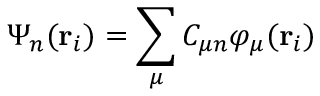
\Psi _ { n } ( \mathbf { r } _ { i } ) = \sum _ { \mu } C _ { \mu n } \varphi _ { \mu } ( \mathbf { r } _ { i } )